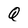
Character: Q